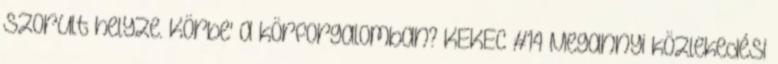
szorult helyze. Körbe' a körforgalomban? KEKEC #14 Megannyi közlekedési